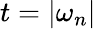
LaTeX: t=|\omega_{n}|